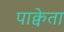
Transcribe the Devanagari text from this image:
पाक्वेता